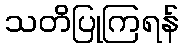
သတိပြုကြရန်